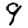
Digit: 9